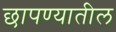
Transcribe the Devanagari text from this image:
छापण्यातील